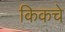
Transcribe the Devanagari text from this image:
किकचे